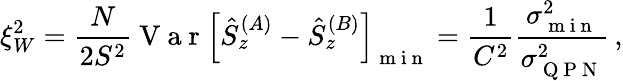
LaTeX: \xi_{W}^{2}=\frac{N}{2S^{2}}\mathrm{~V~a~r~}{\left[\hat{S}_{z}^{(A)}-\hat{S}_{z}^{(B)}\right]}_{\mathrm{~m~i~n~}}=\frac{1}{C^{2}}\frac{\sigma_{\mathrm{~m~i~n~}}^{2}}{\sigma_{\mathrm{~Q~P~N~}}^{2}}\, ,